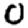
Digit: 0